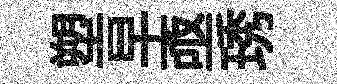
塑早亟琇